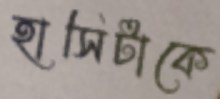
হাসিটাকে